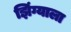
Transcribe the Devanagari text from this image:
झिंग्याला